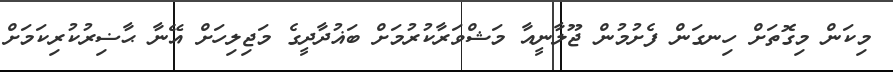
މިކަން މިގޮތަށް ހިނގަން ފެށުމުން ޖޫލާނީއާ މަޝްވަރާކުރުމަށް ބަޣުދާދީގެ މަޖިލިހަށް އޭނާ ޙާޟިރުކުރިކަމަށް